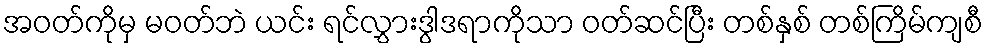
အဝတ်ကိုမှ မဝတ်ဘဲ ယင်း ရင်လွှားဒွါဒရာကိုသာ ဝတ်ဆင်ပြီး တစ်နှစ် တစ်ကြိမ်ကျစီ